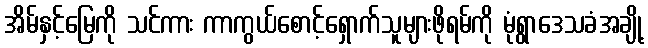
အိမ်နှင့်မြေကို သင်ကား ကာကွယ်စောင့်ရှောက်သူများဖိုရမ်ကို မုံရွာဒေသခံအချို့